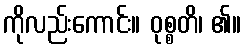
ကိုလည်းကောင်း။ ဝုစ္စတိ၊ ၏။